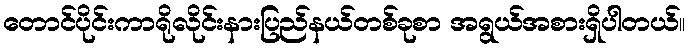
တောင်ပိုင်းကာရိုလိုင်းနားပြည်နယ်တစ်ခုစာ အရွယ်အစားရှိပါတယ်။